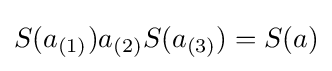
S(a_{(1)})a_{(2)}S(a_{(3)})=S(a)